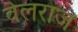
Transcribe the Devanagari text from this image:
वेलराज